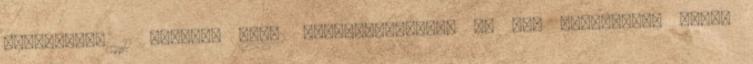
Várpalotán 11 szovjet ISZ–2 nehézharckocsit lő ki. Várpalotát egész